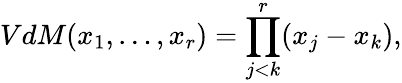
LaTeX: VdM(x_{1},\ldots,x_{r})=\prod_{j<k}^{r}(x_{j}-x_{k}),